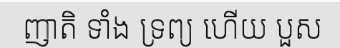
ញាតិ ទាំង ទ្រព្យ ហើយ បួស